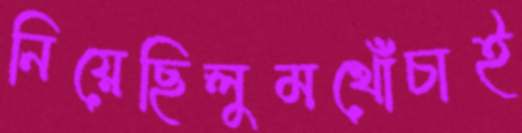
নিয়েছিলুমখোঁচাই